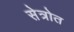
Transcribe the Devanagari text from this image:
सेत्रोत